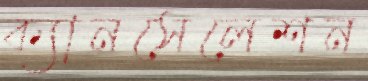
ক্যানসেলেশন